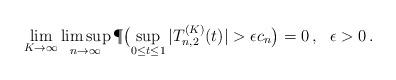
LaTeX: \begin{align*} \lim_{K \to \infty} \limsup_{n \to \infty} \P \bigl( \sup_{0 \leq t \leq 1} |T_{n,2}^{(K)}(t)| > \epsilon c_n \bigr) = 0\,, \ \ \epsilon >0\,.\end{align*}